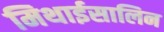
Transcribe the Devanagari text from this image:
मिथाईसालिन